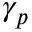
\gamma _ { p }